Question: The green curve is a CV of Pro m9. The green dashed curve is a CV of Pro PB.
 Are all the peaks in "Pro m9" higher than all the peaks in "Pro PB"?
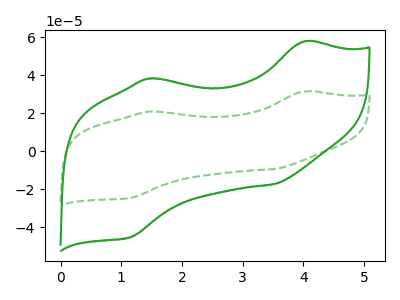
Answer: <think>The green curve "Pro m9" has anodic peaks at (4.00V, 57.65uA) (1.45V, 38.15uA) and cathodic peaks at (3.50V, -17.40uA) (1.15V, -45.30uA). The green dashed curve "Pro PB" has anodic peaks at (4.00V, 31.30uA) (1.45V, 20.75uA) and cathodic peaks at (3.50V, -9.45uA) (1.15V, -24.60uA).</think>
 <answer>Every peak in "Pro m9" is higher than every peak in "Pro PB".</answer>
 <eval>higher</eval>